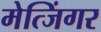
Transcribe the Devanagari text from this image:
मेत्जिंगर